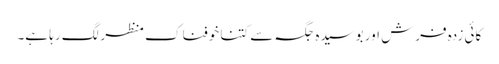
کائی زدہ فرش اور بوسیدہ جگہ سے کتنا خوفناک منظر لگ رہا ہے۔